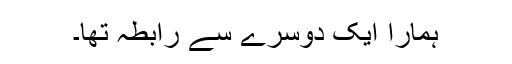
ہمارا ایک دوسرے سے رابطہ تھا۔